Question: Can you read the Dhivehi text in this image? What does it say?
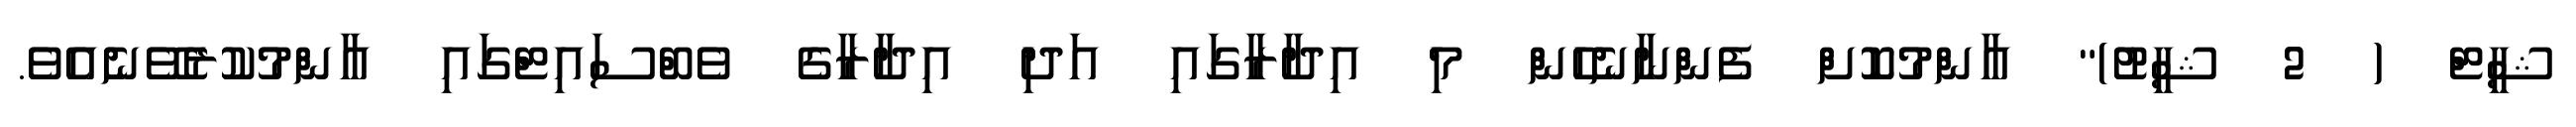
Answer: ޝީޓް ( 2 ޝީޓު)" އާންމުކޮށް ފެންނާނެހެން މި އިދާރާގައި އަދި އިދާރާގެ ވެބްސައިޓްގައި އާންމުކުރެވޭނެއެވެ.